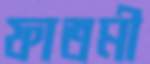
ফাতমী